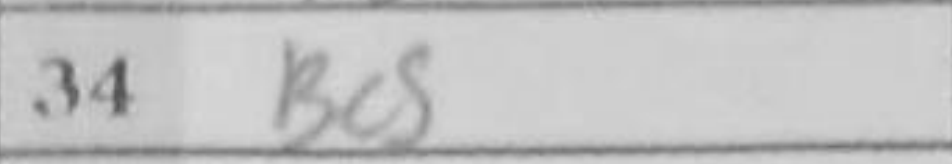
Transcription: Bc5